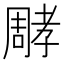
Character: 𡦝